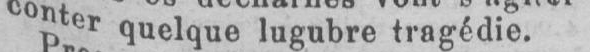
conter quelque lugubre tragédie.